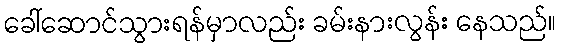
ခေါ်ဆောင်သွားရန်မှာလည်း ခမ်းနားလွန်း နေသည်။